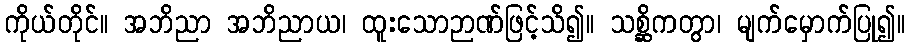
ကိုယ်တိုင်။ အဘိညာ အဘိညာယ၊ ထူးသောဉာဏ်ဖြင့်သိ၍။ သစ္ဆိကတွာ၊ မျက်မှောက်ပြု၍။